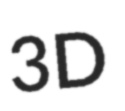
3D